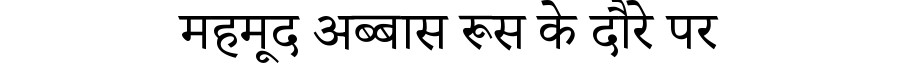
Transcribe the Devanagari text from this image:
महमूद अब्बास रूस के दौरे पर